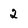
Character: 2